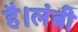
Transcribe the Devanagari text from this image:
है।लंबी